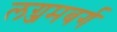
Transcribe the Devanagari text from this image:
लग्जमबर्ग